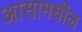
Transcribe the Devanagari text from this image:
आसामधील